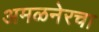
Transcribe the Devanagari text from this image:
अमळनेरचा